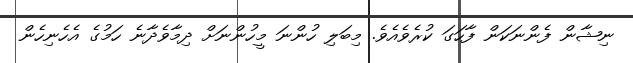
ނިޝާން ފެންނަކަން ފާހަގަ ކުރެވެއެވެ. މިބަލި ހުންނަ މީހުންނަށް ދިމާވެދާނެ ހަމުގެ އެހެނިހެން